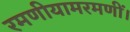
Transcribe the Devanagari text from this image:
रमणीयामरमणीं।